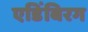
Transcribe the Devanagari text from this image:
एडिंबिरग